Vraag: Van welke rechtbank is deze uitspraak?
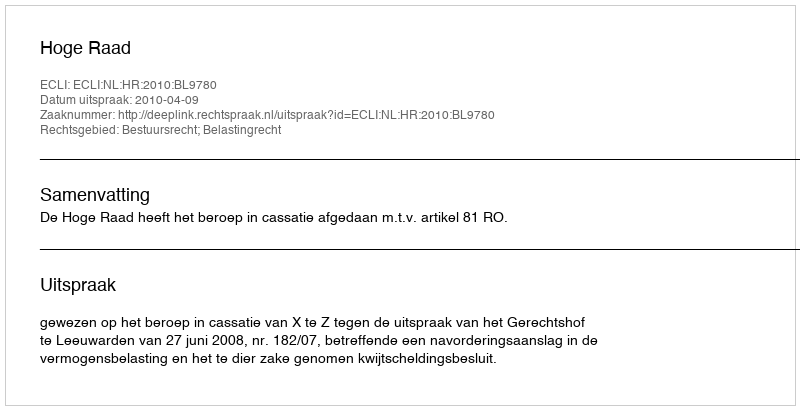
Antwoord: Hoge Raad